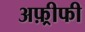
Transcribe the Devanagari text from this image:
अफ़्रीफी